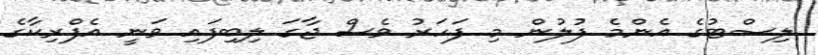
ލިސްޓުގެ އެންމެ ފުލުން މި ފަހަރު ވެސް ޖާގަ ލިބިފައި ވަނީ އެފްރިކާގެ